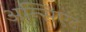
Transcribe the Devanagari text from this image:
अन्सिएंट